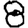
Digit: 8